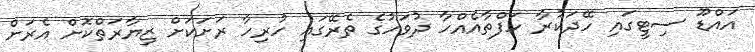
އައްޑޫ ސިޓީގައި ހޭދަކުރާ ހަފްތާއެއްހާ ދުވަހުގެ ތެރޭގައި ހުރިހާ ރަށަކަށް ޒިޔާރަތްކޮށް އެރަށް